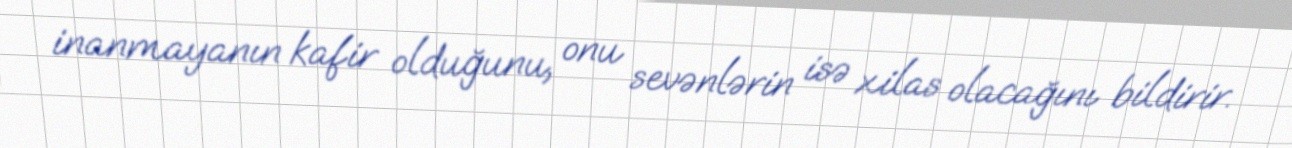
inanmayanın kafir olduğunu, onu sevənlərin isə xilas olacağını bildirir.